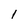
Character: 1